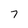
Character: 7